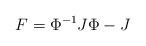
LaTeX: \begin{align*} F=\Phi^{-1}J\Phi - J\end{align*}